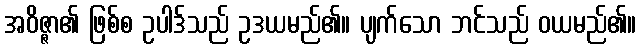
အဝိဇ္ဇာ၏ ဖြစ်စ ဥပါဒ်သည် ဥဒယမည်၏။ ပျက်သော ဘင်သည် ဝယမည်၏။